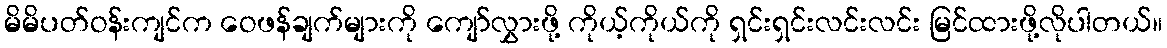
မိမိပတ်ဝန်းကျင်က ဝေဖန်ချက်များကို ကျော်လွှားဖို့ ကိုယ့်ကိုယ်ကို ရှင်းရှင်းလင်းလင်း မြင်ထားဖို့လိုပါတယ်။